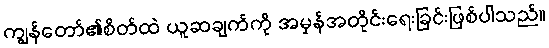
ကျွန်တော်၏စိတ်ထဲ ယူဆချက်ကို အမှန်အတိုင်းရေးခြင်းဖြစ်ပါသည်။